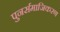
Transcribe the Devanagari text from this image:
पुनर्समाजिकरण